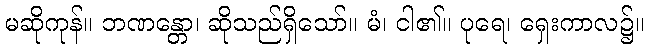
မဆိုကုန်။ ဘဏန္တော၊ ဆိုသည်ရှိသော်။ မံ၊ ငါ၏။ ပုရေ၊ ရှေးကာလ၌။